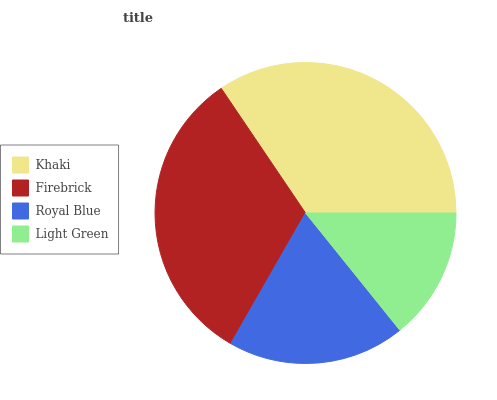
| Khaki | Firebrick | Royal Blue | Light Green |
 | --- | --- | --- | --- |
 | 34.5% | 32.3% | 19.1% | 14.2% |